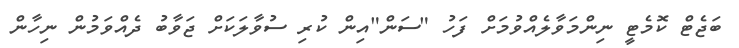
ބަޖެޓް ކޮމެޓީ ނިންމަވާލެއްވުމަށް ފަހު "ސަން"އިން ކުރި ސުވާލަކަށް ޖަވާބު ދެއްވަމުން ނިހާން